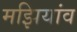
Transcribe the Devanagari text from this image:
मझियांव